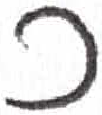
אות: כ